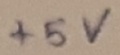
Text: +5V